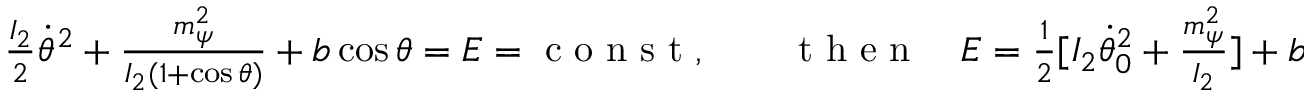
\begin{array} { r } { \frac { I _ { 2 } } { 2 } \dot { \theta } ^ { 2 } + \frac { m _ { \psi } ^ { 2 } } { I _ { 2 } ( 1 + \cos \theta ) } + b \cos \theta = E = \mathrm { ~ c ~ o ~ n ~ s ~ t ~ } , \qquad \mathrm { ~ t ~ h ~ e ~ n ~ } \quad E = \frac 1 2 [ I _ { 2 } \dot { \theta } _ { 0 } ^ { 2 } + \frac { m _ { \psi } ^ { 2 } } { I _ { 2 } } ] + b . } \end{array}